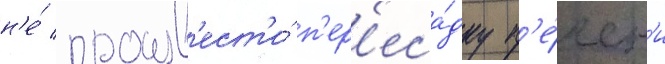
н'е́ произв'ест'и́ п'ер'еса́дку п'е́чен'и